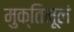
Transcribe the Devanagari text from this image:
मुक्तिमूलं